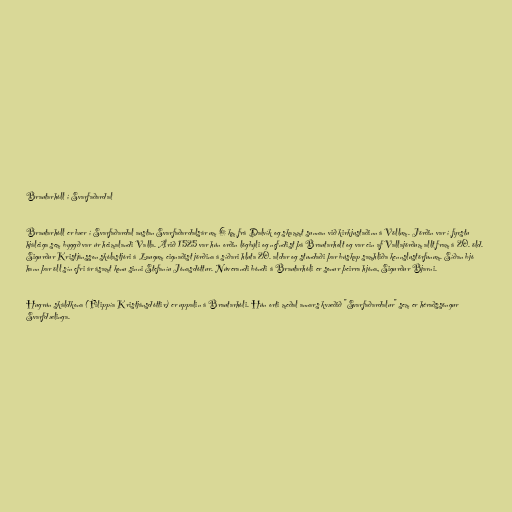
Brautarhóll í Svarfaðardal

Brautarhóll er bær í Svarfaðardal austan Svarfaðardalsár um 6 km frá Dalvík og skammt sunnan við kirkjustaðinn á Völlum. Jörðin var í fyrstu
hjáleiga sem byggð var úr heimalandi Valla. Árið 1525 var hún orðin lögbýli og nefndist þá Brautarholt og var ein af Vallajörðum allt fram á 20. öld.
Sigurður Kristjánsson skólastjóri á Laugum eignaðist jörðina á síðari hluta 20. aldar og stundaði þar búskap samhliða kennslustörfunum. Síðan bjó
hann þar öll sín efri ár ásamt konu sinni Stefaníu Jónasdóttur. Núverandi bóndi á Brautarhóli er sonur þeirra hjóna, Sigurður Bjarni.

Hugrún skáldkona (Filippía Kristjánsdóttir) er uppalin á Brautarhóli. Hún orti meðal annars kvæðið "Svarfaðardalur" sem er héraðssöngur
Svarfdælinga.